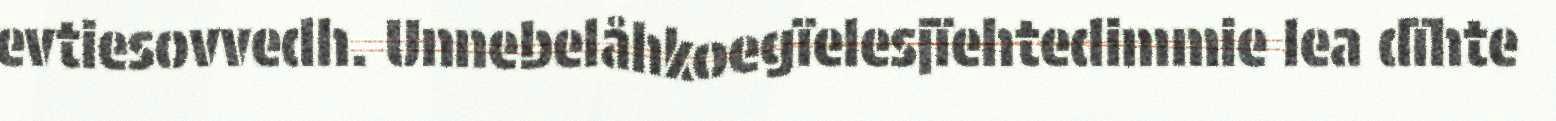
evtiesovvedh. Unnebelåhkoegïelesjïehtedimmie lea dïhte